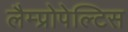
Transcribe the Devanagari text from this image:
लैम्प्रोपेल्टिस